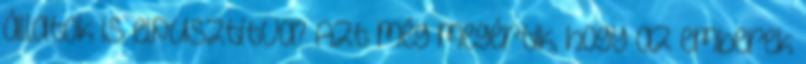
állatok is elpusztítva? Azt még megértik, hogy az emberek